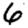
Digit: 6